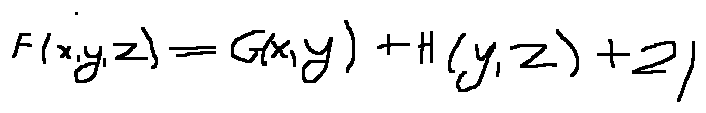
F ( x , y , z ) = G ( x , y ) + H ( y , z ) + 2 1